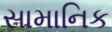
સામાનિક